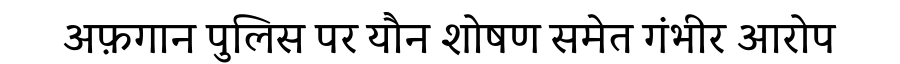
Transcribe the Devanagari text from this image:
अफ़गान पुलिस पर यौन शोषण समेत गंभीर आरोप